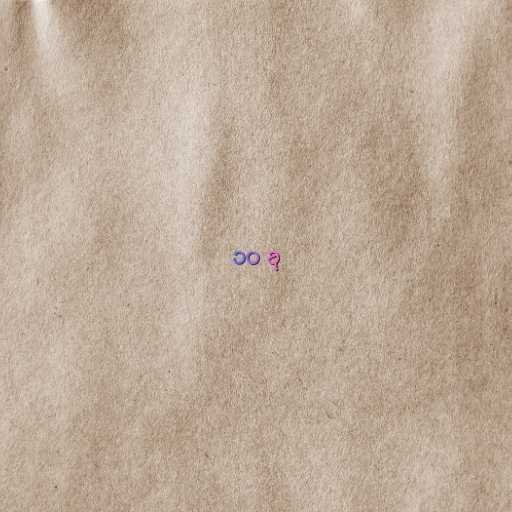
၁၀ ခု